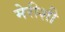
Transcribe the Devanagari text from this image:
मेरीशी